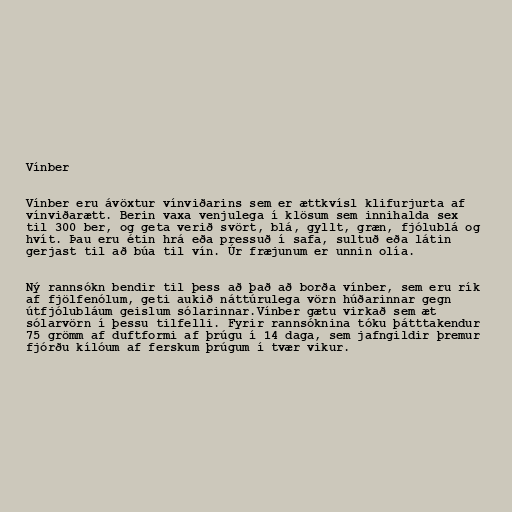
Vínber

Vínber eru ávöxtur vínviðarins sem er ættkvísl klifurjurta af
vínviðarætt. Berin vaxa venjulega í klösum sem innihalda sex
til 300 ber, og geta verið svört, blá, gyllt, græn, fjólublá og
hvít. Þau eru étin hrá eða pressuð í safa, sultuð eða látin
gerjast til að búa til vín. Úr fræjunum er unnin olía.

Ný rannsókn bendir til þess að það að borða vínber, sem eru rík
af fjölfenólum, geti aukið náttúrulega vörn húðarinnar gegn
útfjólubláum geislum sólarinnar.Vínber gætu virkað sem æt
sólarvörn í þessu tilfelli. Fyrir rannsóknina tóku þátttakendur
75 grömm af duftformi af þrúgu í 14 daga, sem jafngildir þremur
fjórðu kílóum af ferskum þrúgum í tvær vikur.